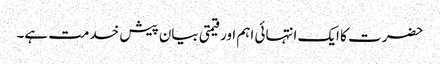
حضرت کا ایک انتہائی اہم اور قیمتی بیان پیش خدمت ہے۔